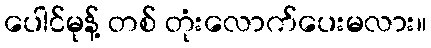
ပေါင်မုန့် တစ် တုံးလောက်ပေးမလား။